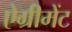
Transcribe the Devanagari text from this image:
ऐग्रीमेंट